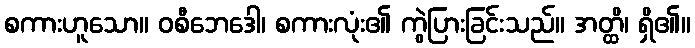
စကားဟူသော။ ဝစီဘေဒေါ၊ စကားလုံး၏ ကွဲပြားခြင်းသည်။ အတ္ထိ၊ ရှိ၏။